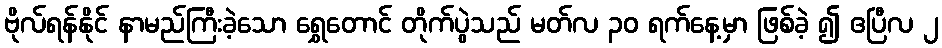
ဗိုလ်ရန်နိုင် နာမည်ကြီးခဲ့သော ရွှေတောင် တိုက်ပွဲသည် မတ်လ ၃၀ ရက်နေ့မှာ ဖြစ်ခဲ့ ၍ ဧပြီလ ၂